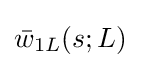
{\bar {w}}_{1L}(s;L)